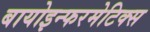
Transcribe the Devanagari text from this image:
बायोइन्फरमेटिक्स